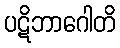
ပဋိဘာဂေါတိ